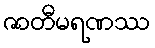
ဇာတီမရဏဿ